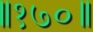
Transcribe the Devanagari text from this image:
॥१७०॥